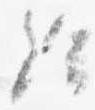
給